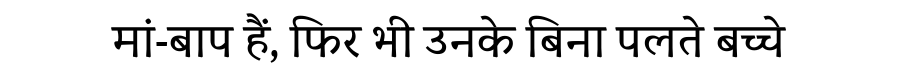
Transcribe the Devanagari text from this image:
मां-बाप हैं, फिर भी उनके बिना पलते बच्चे